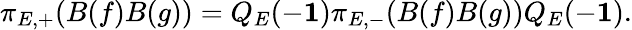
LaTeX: \pi_{E,+}(B(f)B(g))=Q_{E}(-{\mathbf 1})\pi_{E,-}(B(f)B(g))Q_{E}(-{\mathbf 1}).